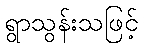
ရွာသွန်းသဖြင့်